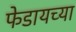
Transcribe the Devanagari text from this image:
फेडायच्या